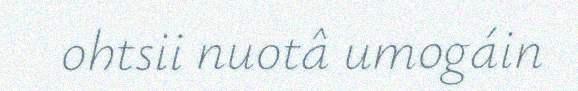
ohtsii nuotâ umogáin